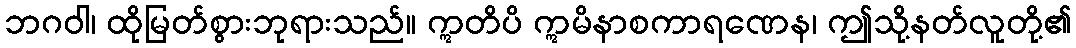
ဘဂဝါ၊ ထိုမြတ်စွားဘုရားသည်။ ဣတိပိ ဣမိနာစကာရဏေန၊ ဤသို့နတ်လူတို့၏